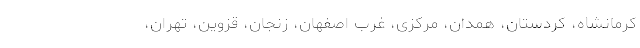
کرمانشاه، کردستان، همدان، مرکزی، غرب اصفهان، زنجان، قزوین، تهران،